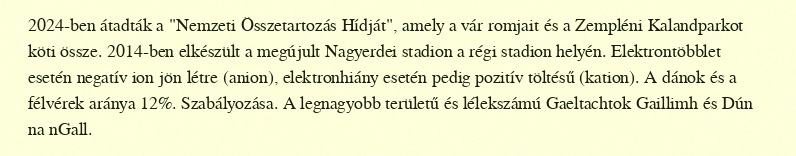
2024-ben átadták a "Nemzeti Összetartozás Hídját", amely a vár romjait és a Zempléni Kalandparkot köti össze. 2014-ben elkészült a megújult Nagyerdei stadion a régi stadion helyén. Elektrontöbblet esetén negatív ion jön létre (anion), elektronhiány esetén pedig pozitív töltésű (kation). A dánok és a félvérek aránya 12%. Szabályozása. A legnagyobb területű és lélekszámú Gaeltachtok Gaillimh és Dún na nGall.